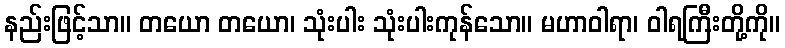
နည်းဖြင့်သာ။ တယော တယော၊ သုံးပါး သုံးပါးကုန်သော။ မဟာဝါရာ၊ ဝါရကြီးတို့ကို။